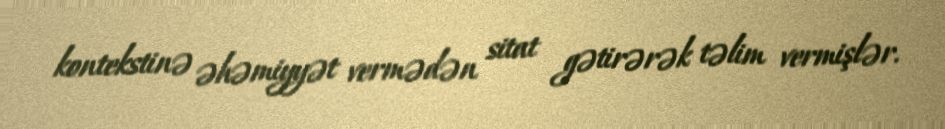
kontekstinə əhəmiyyət vermədən sitat gətirərək təlim vermişlər.